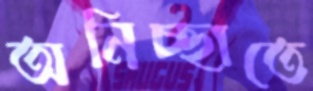
অনিচ্ছাতে